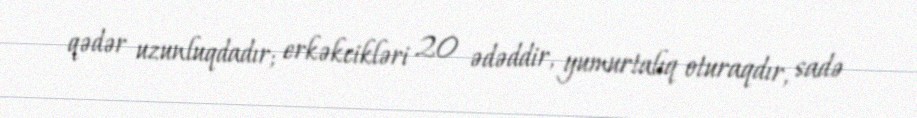
qədər uzunluqdadır; erkəkcikləri 20 ədəddir, yumurtalıq oturaqdır, sadə